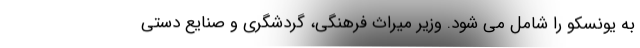
به یونسکو را شامل می شود. وزیر میراث فرهنگی، گردشگری و صنایع دستی